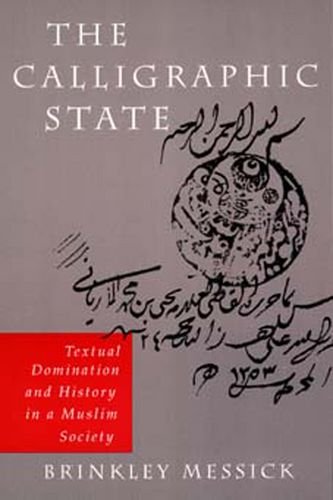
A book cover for The Calligraphic State: Textual Domination and History in a Muslim Society (Comparative Studies on Muslim Societies); Brinkley Messick; History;